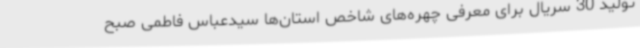
تولید 30 سریال برای معرفی چهره‌های شاخص استان‌ها سیدعباس فاطمی صبح